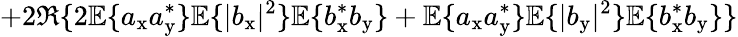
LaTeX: +2\Re\{ 2\mathbb{E}\{ a_{\mathrm{x}}a_{\mathrm{y}}^{\ast}\} \mathbb{E}\{ |b_{\mathrm{x}}|^{2}\} \mathbb{E}\{ b_{\mathrm{x}}^{\ast}b_{\mathrm{y}}\} +\mathbb{E}\{ a_{\mathrm{x}}a_{\mathrm{y}}^{\ast}\} \mathbb{E}\{ |b_{\mathrm{y}}|^{2}\} \mathbb{E}\{ b_{\mathrm{x}}^{\ast}b_{\mathrm{y}}\} \}